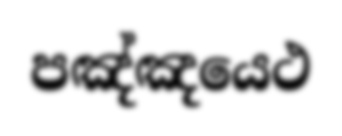
පඤ්ඤයෙථ